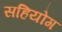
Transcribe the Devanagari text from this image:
सहियोग